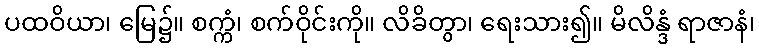
ပထဝိယာ၊ မြေ၌။ စက္ကံ၊ စက်ဝိုင်းကို။ လိခိတွာ၊ ရေးသား၍။ မိလိန္ဒံ ရာဇာနံ၊